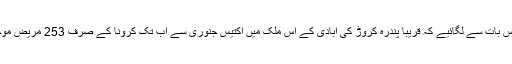
آپ روس کی کامیاب اور فعال حکمت عملی کا اندازہ اس بات سے لگائیے کہ قریبا پندرہ کروڑ کی آبادی کے اس ملک میں اکتیس جنوری سے اب تک کرونا کے صرف 253 مریض موجود ہیں اور ان میں سے صرف ایک مریض مرتا ہے ۔